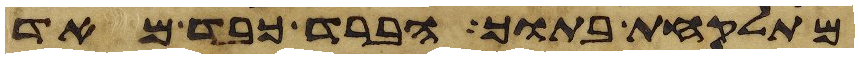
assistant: מתלקחת בתוך הברד כבד מאד